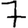
Digit: 7